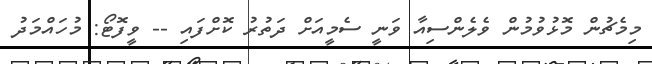
މިމެޗުން މޮޅުވުމުން ވެލެންސިއާ ވަނީ ސެމީއަށް ދަތުރު ކޮށްފައި -- ވީފޮޓޯ: މުހައްމަދު